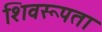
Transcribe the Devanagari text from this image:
शिवरूपता